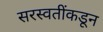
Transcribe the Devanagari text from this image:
सरस्वतींकडून